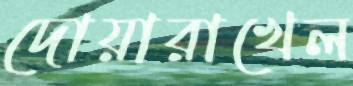
দোয়ারাখেল